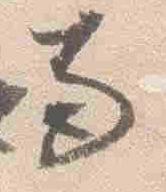
両